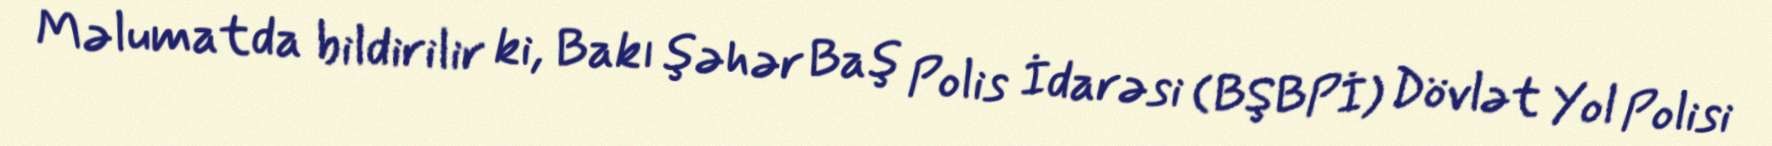
Məlumatda bildirilir ki, Bakı şəhər Baş Polis İdarəsi (BŞBPİ) Dövlət Yol Polisi